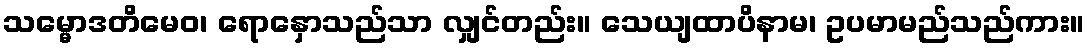
သမ္မောဒတိမေဝ၊ ရောနှောသည်သာ လျှင်တည်း။ သေယျထာပိနာမ၊ ဥပမာမည်သည်ကား။